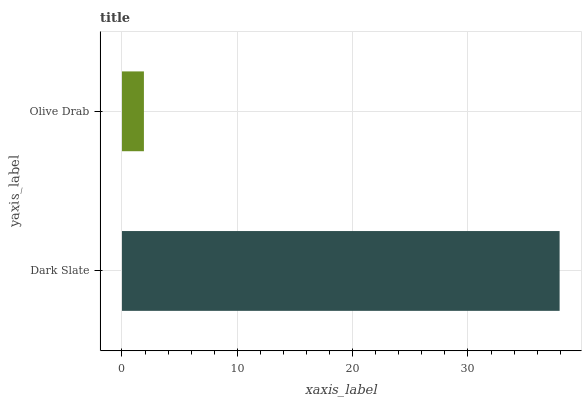
| yaxis_label | bars |
 | --- | --- |
 | Dark Slate | 37.9 |
 | Olive Drab | 1.9 |